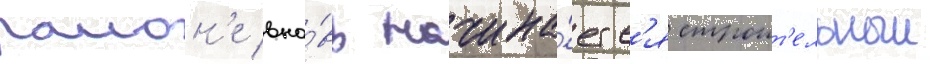
раион'е вно́вь начина́етс'я строит'ельныи